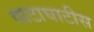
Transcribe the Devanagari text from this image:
वाटाघाटीस